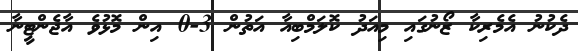
ދެކުނު އެމެރިކާ ޒޯނުގައި މިއަދު ކޮލަމްބިއާ އަތުން 3-0 އިން މޮޅުވެ އާޖެންޓީނާ